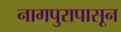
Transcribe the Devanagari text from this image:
नागपुरापासून